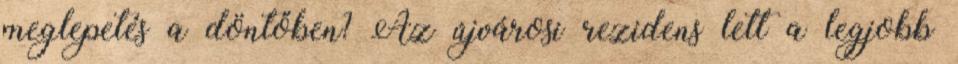
meglepetés a döntőben? Az újvárosi rezidens lett a legjobb